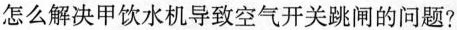
怎么解决甲饮水机导致空气开关跳闸的问题?